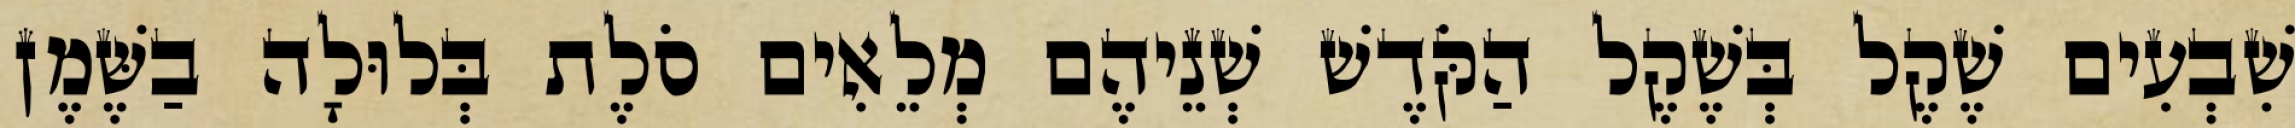
שִׁבְעִים שֶׁקֶל בְּשֶׁקֶל הַקֹּדֶשׁ שְׁנֵיהֶם מְלֵאִים סֹלֶת בְּלוּלָה בַשֶּׁמֶן